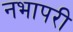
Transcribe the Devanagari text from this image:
नभापरी